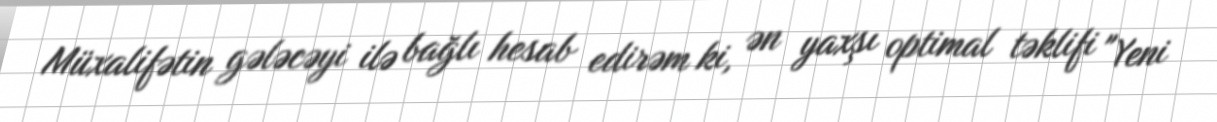
Müxalifətin gələcəyi ilə bağlı hesab edirəm ki, ən yaxşı optimal təklifi "Yeni